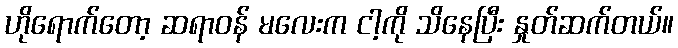
ဟိုရောက်တော့ ဆရာဝန် မလေးက ငါ့ကို သိနေပြီး နှုတ်ဆက်တယ်။